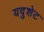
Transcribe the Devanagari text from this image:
यदुशेट